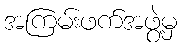
အကြမ်းဖက်အဖွဲ့မှ